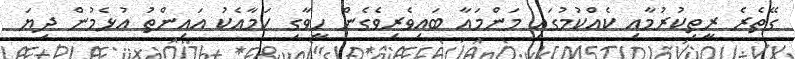
ގޭތެރެ ރީތިކުރުމާއި ކެއްކުމުގައި މަންމައާ ބައިވެރިވެގެން ހީވާގި ކަމާއެކު އައިންތު އުޅެމުން ދިޔަ